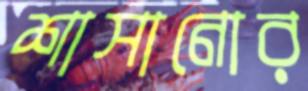
শাসানোর